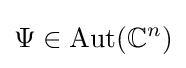
\Psi \in \operatorname {Aut} (\mathbb {C} ^{n})